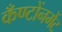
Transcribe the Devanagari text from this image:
कँण्टोंनमेंट